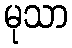
မုသာ